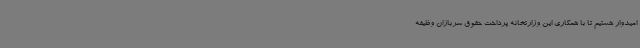
امیدوار هستیم تا با همکاری این وزارتخانه پرداخت حقوق سربازان وظیفه